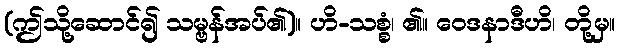
(ဤသို့ဆောင်၍ သမ္ဗန်အပ်၏)။ ဟိ-သစ္စံ၊ ၏။ ဝေဒနာဒီဟိ၊ တို့မှ။